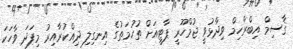
ޤާސިމް އިބްރާހިމް ވިދާޅުވީ ޖުމްހޫރީ ޕާޓީއަށް ތުހުމަތުގެ އިނގިލި ދިއްކުރާއިރު މިފަދަ ވާހަކަ